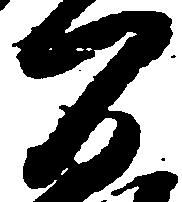
間